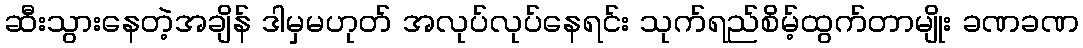
ဆီးသွားနေတဲ့အချိန် ဒါမှမဟုတ် အလုပ်လုပ်နေရင်း သုက်ရည်စိမ့်ထွက်တာမျိုး ခဏခဏ